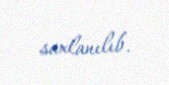
saxlanılıb.